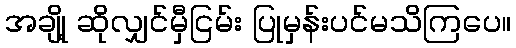
အချို့ ဆိုလျှင်မှီငြမ်း ပြုမှန်းပင်မသိကြပေ။